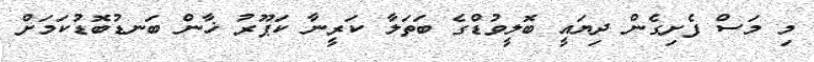
މި މަސް ފެށިގެން ދިޔައީ ބޮލީވުޑްގެ ބަތަލާ ކަރީނާ ކަޕޫރު ޚާން ބަނޑުބޮޑުކަމަށް